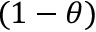
( 1 - \theta )